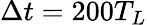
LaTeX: \Delta t=200T_{L}